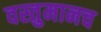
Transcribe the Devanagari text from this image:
वस्तुमानच